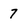
Character: 7